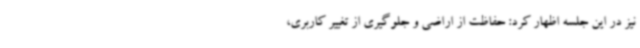
نیز در این جلسه اظهار کرد: حفاظت از اراضی و جلوگیری از تغییر کاربری،